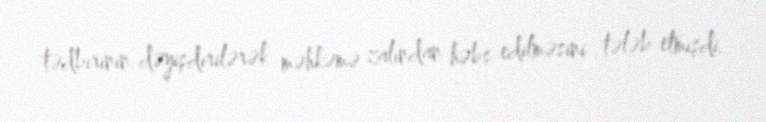
tədbirinin dəyişdirilərək məhkəmə zalından həbs edilməsini tələb etmişdi.